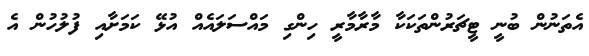
އެތަނުން ބުނީ ޓީޗަރުންތަކަކާ މާރާމާރީ ހިންގި މައްސަލައެއް އުޅޭ ކަމަށާއި ފުލުހުން އެ